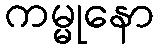
ကမ္မုနော